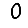
Digit: 0